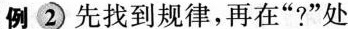
例2先找到规律，再在”?”处